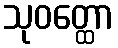
သုဝတ္ထော